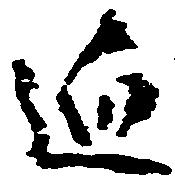
迫